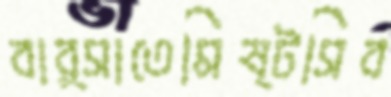
বার্সাতেমিষ্টসিব